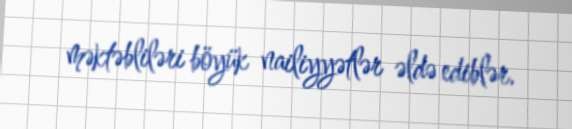
məktəbliləri böyük nailiyyətlər əldə ediblər.